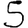
Digit: 5